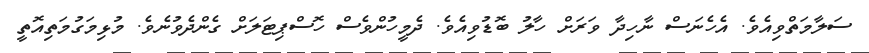
ސަލާމަތްވިއެވެ. އެހެނަސް ނާހިދާ ވަރަށް ހާލު ބޮޑުވިއެވެ. ދެމީހުންވެސް ހޮސްޕިޓަލަށް ގެންދެވުނެވެ. މުޅިމަގުމަތިއޮތީ